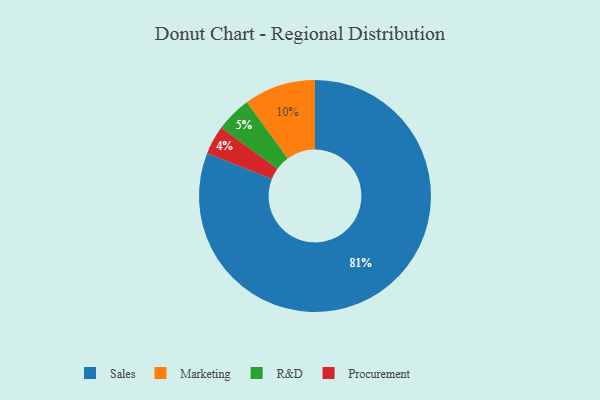
{"axis": {"x": "Category", "y": "Percentage"}, "legend": ["Marketing", "Procurement", "R&D", "Sales"], "data": [{"x": "Marketing", "y": 10, "type": "Marketing"}, {"x": "R&D", "y": 5, "type": "R&D"}, {"x": "Sales", "y": 81, "type": "Sales"}, {"x": "Procurement", "y": 4, "type": "Procurement"}]}